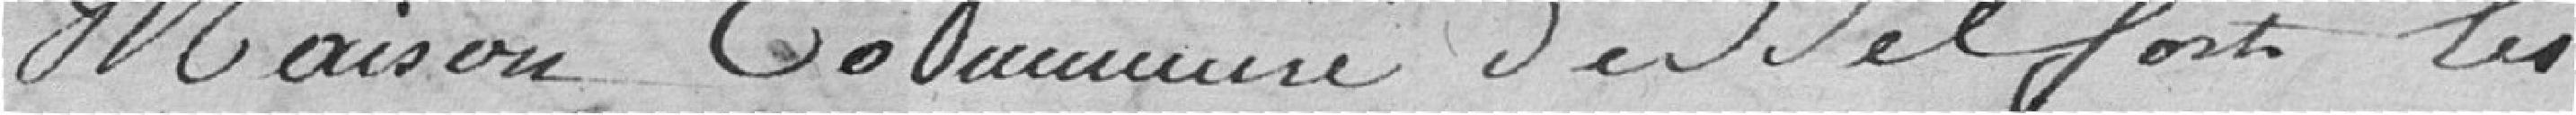
Maison Commune de Belfort les